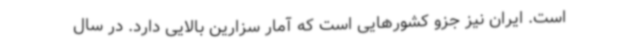
است. ایران نیز جزو کشورهایی است که آمار سزارین بالایی دارد. در سال